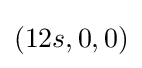
(12s,0,0)